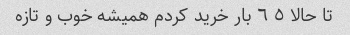
تا حالا ٥ ٦ بار خرید کردم همیشه خوب و تازه